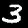
Label: 3